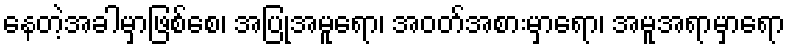
နေတဲ့အခါမှာဖြစ်စေ၊ အပြုအမူရော၊ အဝတ်အစားမှာရော၊ အမူအရာမှာရော